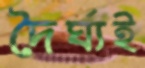
দৈর্ঘ্যই